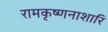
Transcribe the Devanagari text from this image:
रामकृष्णनाशारि